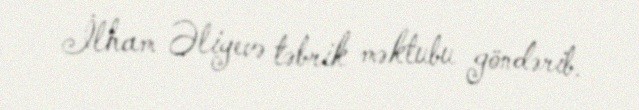
İlham Əliyevə təbrik məktubu göndərib.